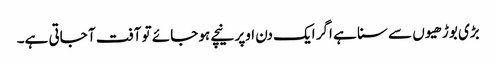
بڑی بوڑھیوں سے سنا ہے اگر ایک دن اوپر نیچے ہو جائے تو آفت آ جاتی ہے۔